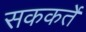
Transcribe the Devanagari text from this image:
सककर्ते